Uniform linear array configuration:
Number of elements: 32
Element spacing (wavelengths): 0.5
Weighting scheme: uniform
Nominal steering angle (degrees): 45
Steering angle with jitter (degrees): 46.984
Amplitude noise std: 0.05
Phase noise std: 0.05

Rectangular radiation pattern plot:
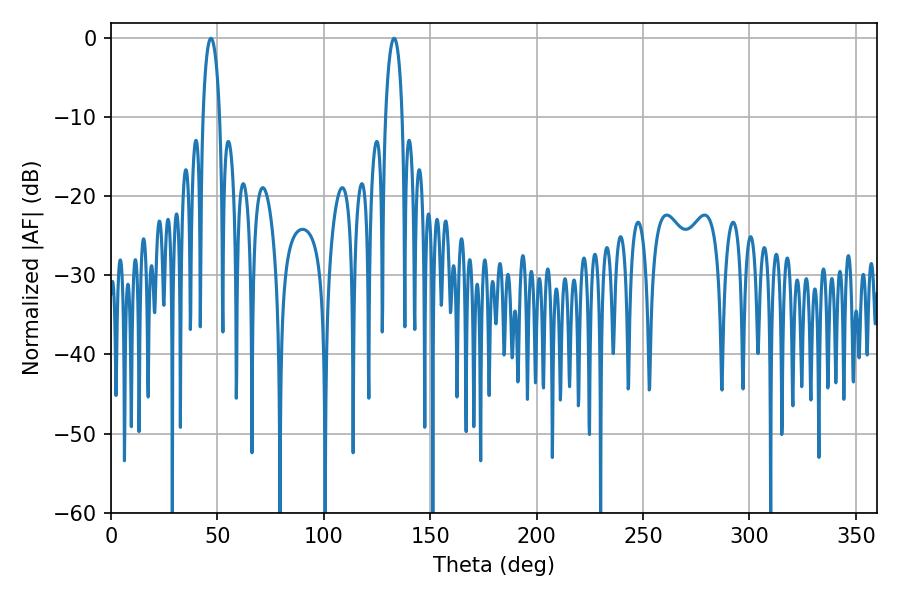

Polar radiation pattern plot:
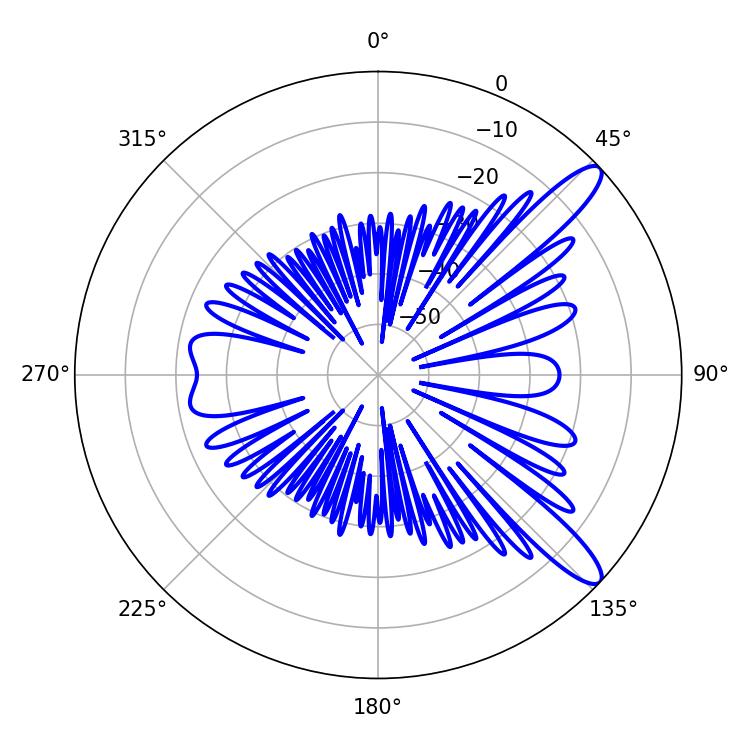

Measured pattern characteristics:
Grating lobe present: FALSE
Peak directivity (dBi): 11.846
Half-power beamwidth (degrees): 4.5
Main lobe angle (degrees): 46.98